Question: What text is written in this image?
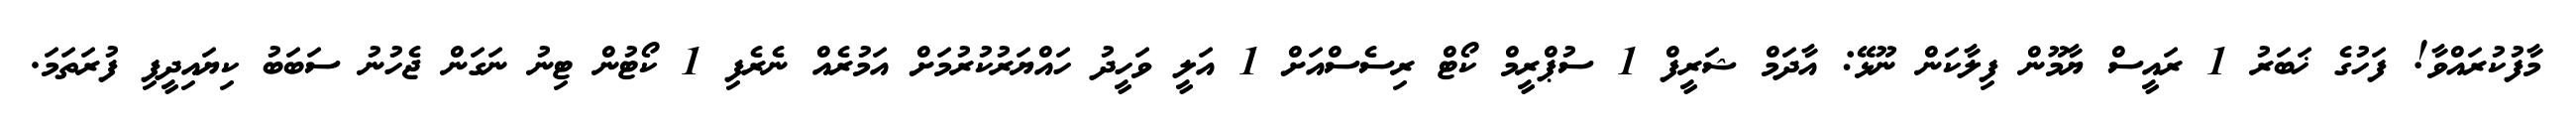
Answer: މާފުކުރައްވާ! ފަހުގެ ޚަބަރު 1 ރައީސް ޔާމޫން ފިލާކަން ނޫޅޭ: އާދަމް ޝަރީފް 1 ސުޕްރީމް ކޯޓް ރިސެސްއަށް 1 އަލީ ވަހީދު ހައްޔަރުކުރުމަށް އަމުރެއް ނެރެފި 1 ކޯޓުން ޓިނު ނަގަން ޖެހުނު ސަބަބު ކިޔައިދީފި ފުރަތަމަ.